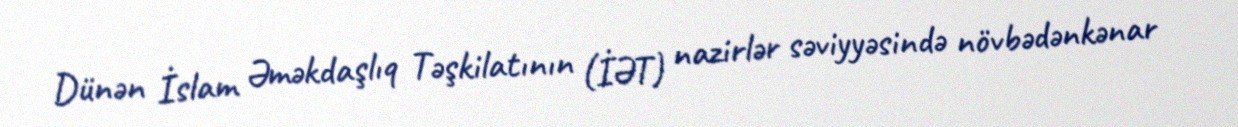
Dünən İslam Əməkdaşlıq Təşkilatının (İƏT) nazirlər səviyyəsində növbədənkənar